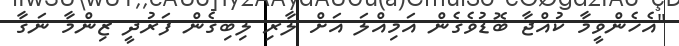
"އެހެންވީމާ ކުއްޖާ ބޮޑުވެގެން އަމިއްލަ އަށް ލާރި ލިބިގެން ފަރުދީ ޒިންމާ ނަގާ